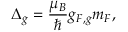
\Delta _ { g } = \frac { \mu _ { B } } { \hbar } g _ { F , g } m _ { F } ,